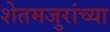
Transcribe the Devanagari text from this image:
शेतमजुरांच्या